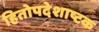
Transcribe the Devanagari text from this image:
हितोपदेशाष्टक